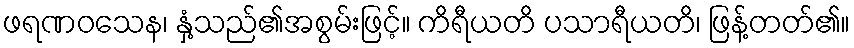
ဖရဏဝသေန၊ နှံ့သည်၏အစွမ်းဖြင့်။ ကိရီယတိ ပသာရီယတိ၊ ဖြန့်တတ်၏။